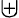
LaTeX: \uplus